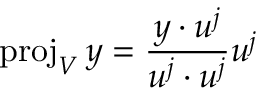
\operatorname { p r o j } _ { V } y = { \frac { y \cdot u ^ { j } } { u ^ { j } \cdot u ^ { j } } } u ^ { j }